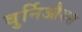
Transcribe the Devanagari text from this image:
बुर्निऔक्स